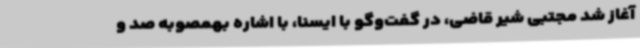
آغاز شد مجتبی شیر قاضی، در گفت‌وگو با ایسنا، با اشاره بهمصوبه صد و